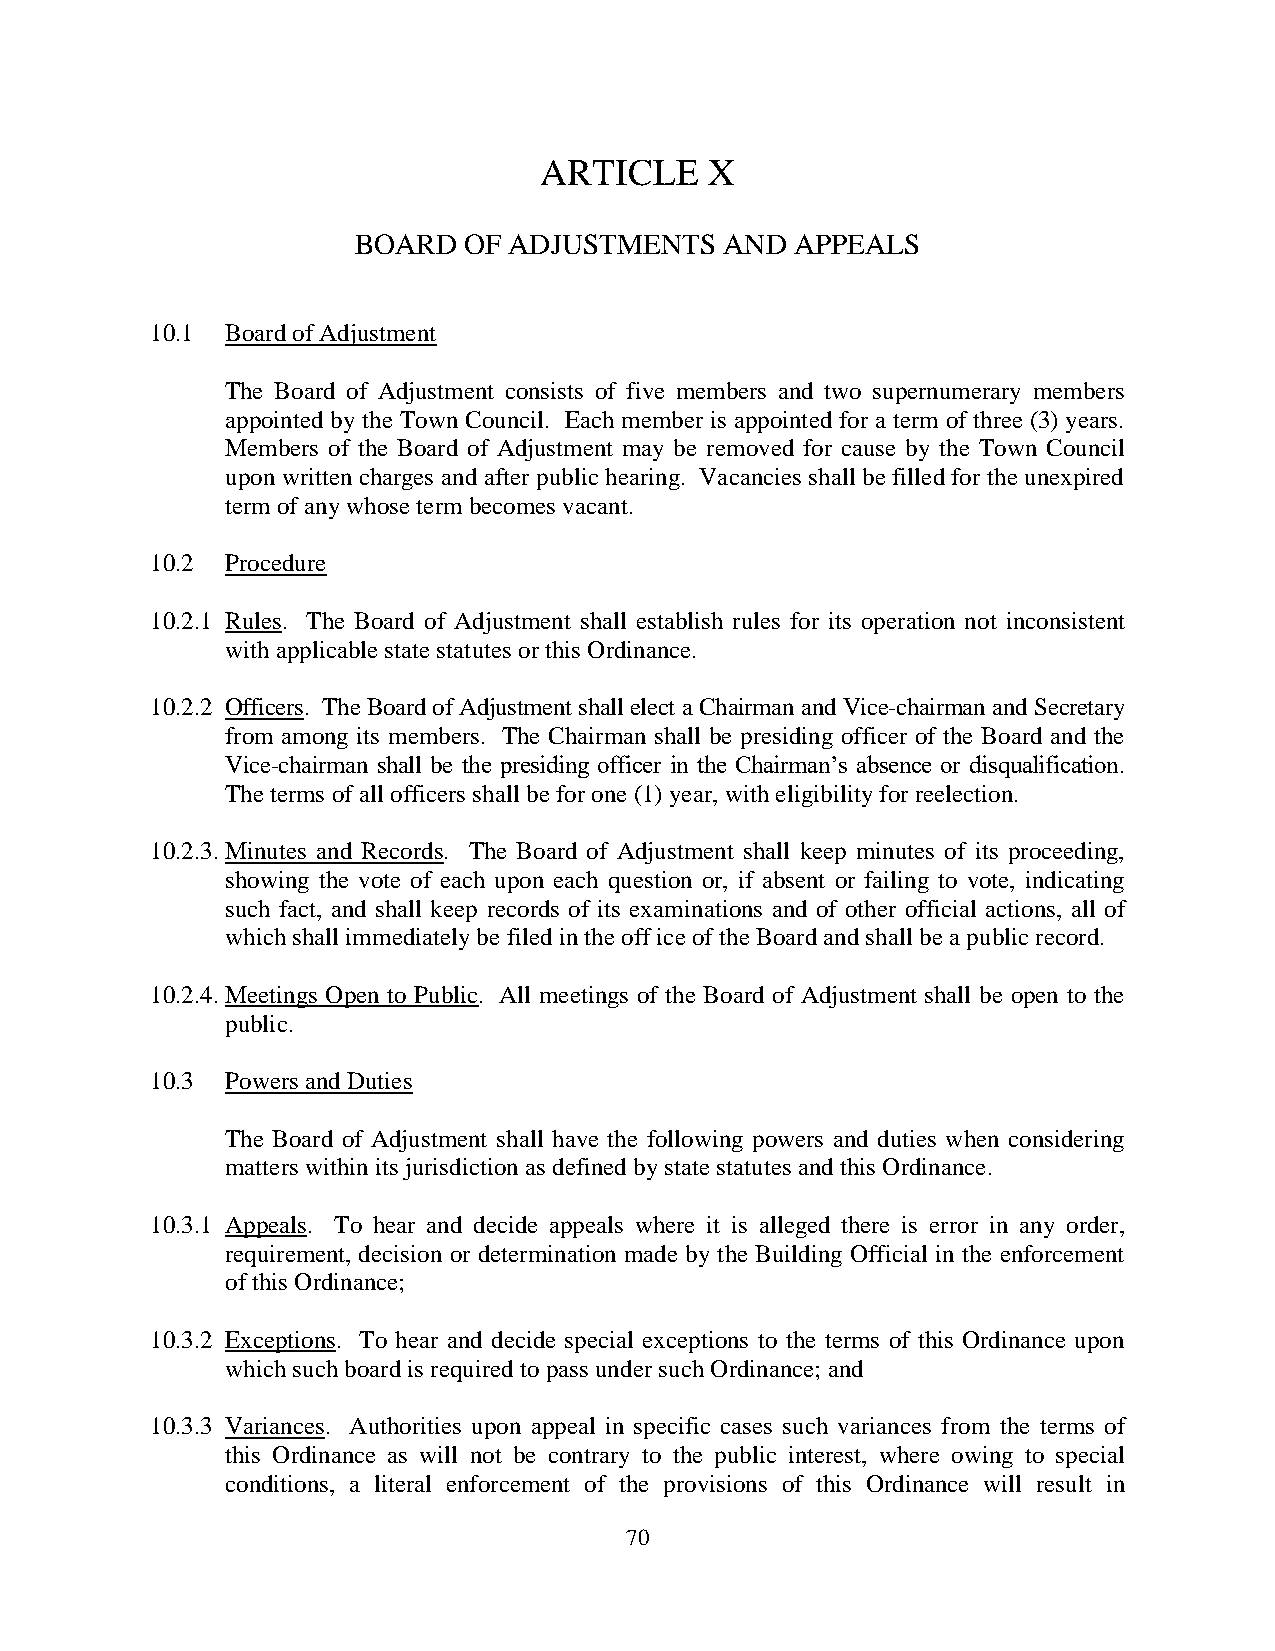
ARTICLE    X
 BOARD   OF ADJUSTMENTS   AND  APPEALS
 10.1 Board of Adjustment
 The Board of Adjustment consists of five members and two supernumerary members
 appointed by the Town Council. Each member is appointed for a term of three (3) years.
 Members of the Board of Adjustment may be removed for cause by the Town Council
 upon written charges and after public hearing. Vacancies shall be filled for the unexpired
 term of any whose term becomes vacant.
 10.2 Procedure
 10.2.1 Rules. The Board of Adjustment shall establish rules for its operation not inconsistent
 with applicable state statutes or this Ordinance.
 10.2.2 Officers. The Board of Adjustment shall elect a Chairman and Vice-chairman and Secretary
 from among its members. The Chairman shall be presiding officer of the Board and the
 Vice-chairman shall be the presiding officer in the Chairman’s absence or disqualification.
 The terms of all officers shall be for one (1) year, with eligibility for reelection.
 10.2.3. Minutes and Records. The Board of Adjustment shall keep minutes of its proceeding,
 showing the vote of each upon each question or, if absent or failing to vote, indicating
 such fact, and shall keep records of its examinations and of other official actions, all of
 which shall immediately be filed in the off ice of the Board and shall be a public record.
 10.2.4. Meetings Open to Public. All meetings of the Board of Adjustment shall be open to the
 public.
 10.3 Powers and Duties
 The Board of Adjustment shall have the following powers and duties when considering
 matters within its jurisdiction as defined by state statutes and this Ordinance.
 10.3.1 Appeals. To hear and decide appeals where it is alleged there is error in any order,
 requirement, decision or determination made by the Building Official in the enforcement
 of this Ordinance;
 10.3.2 Exceptions. To hear and decide special exceptions to the terms of this Ordinance upon
 which such board is required to pass under such Ordinance; and
 10.3.3 Variances. Authorities upon appeal in specific cases such variances from the terms of
 this Ordinance as will not be contrary to the public interest, where owing to special
 conditions, a literal enforcement of the provisions of this Ordinance will result in
 7 0